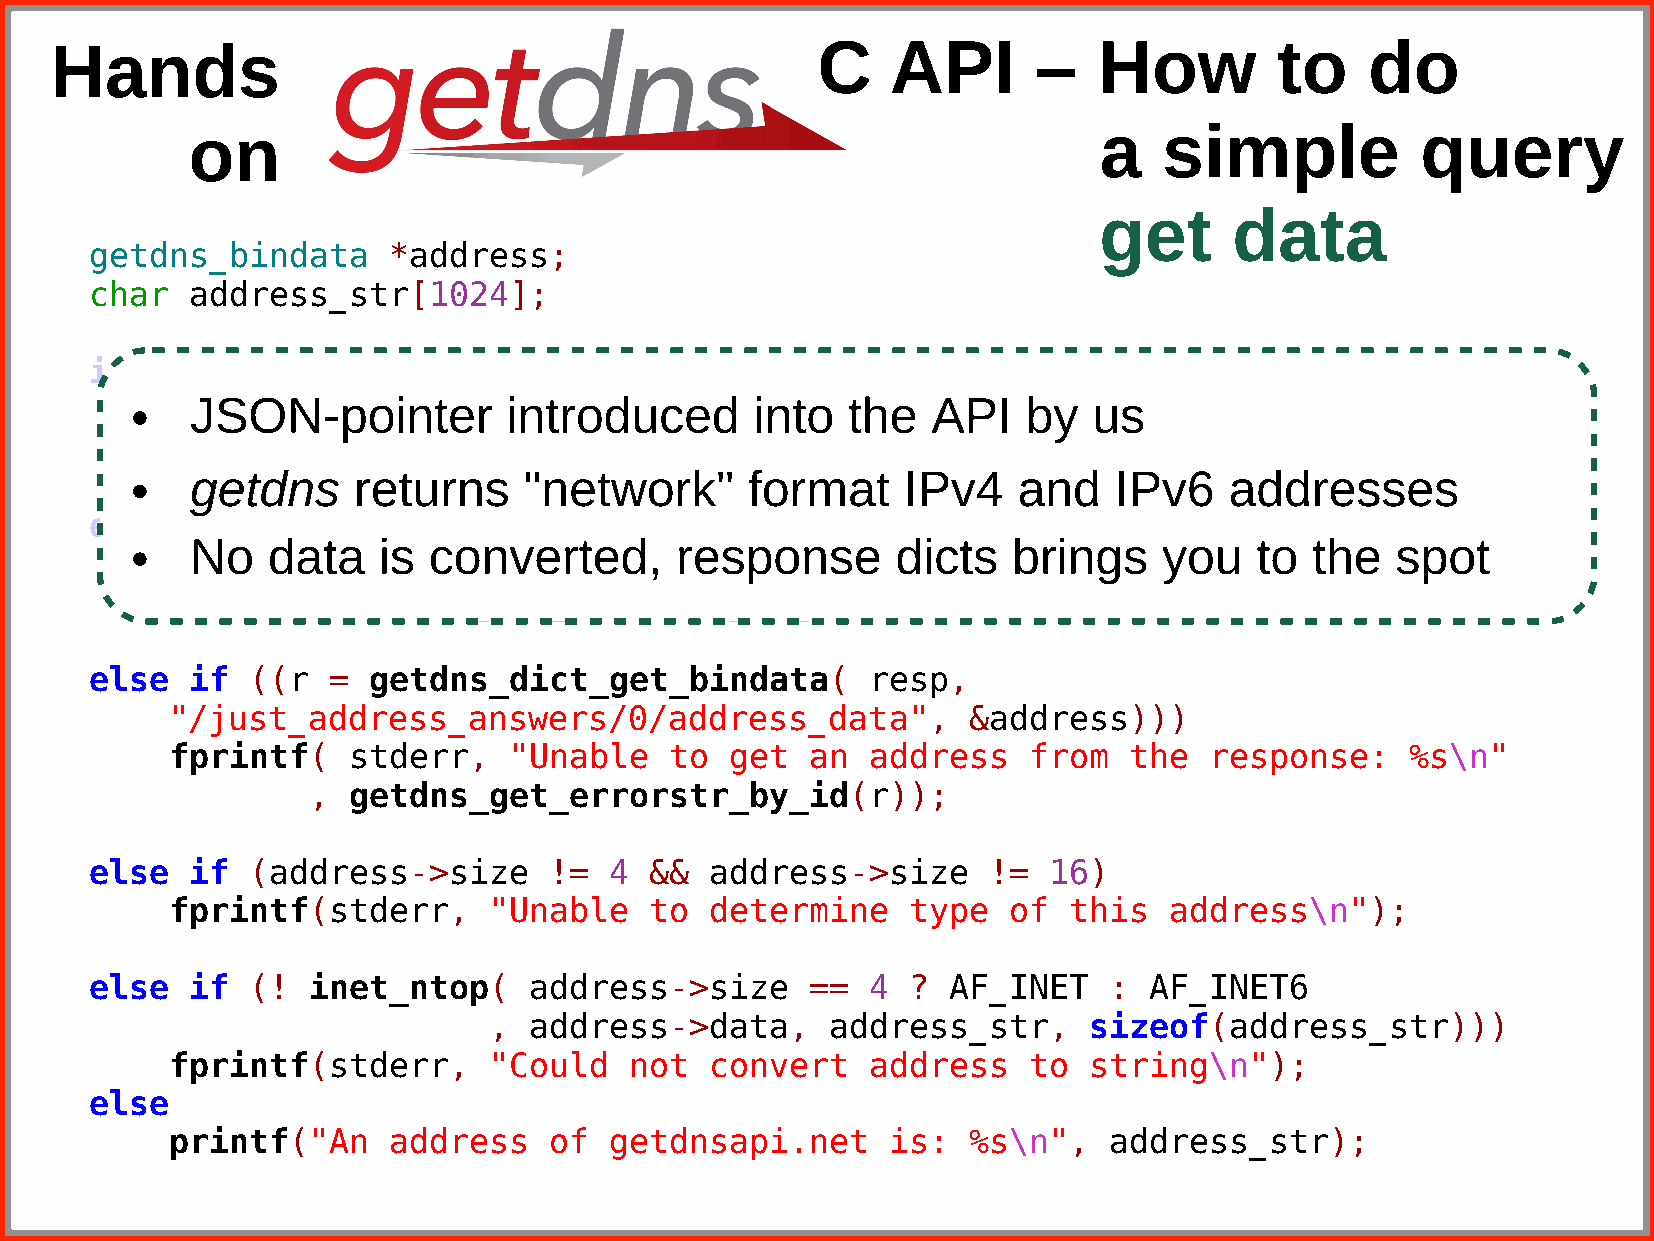
Hands                                              C    API       –   How         to    do
 on                                                           a   simple           query
 get      data
 getdns_bindata      *address;
 char  address_str[1024];
 if  ((r  =  getdns_context_create(&ctxt,          1)))
 • fpJrSiOntNf(- psotdinerter,r i"nCtoruoldd uncoet dc rineatote t hcoen tAePxtI: b %ys \uns"
 ,  getdns_get_errorstr_by_id(r));
 •   getdns    returns     "network"      format    IPv4   and    IPv6   addresses
 else  if  ((r   = getdns_address_sync(ctxt,          "getdnsapi.net.",       NULL,   &resp)))
 •   No   data   is converted,       response      dicts   brings    you   to  the  spot
 fprintf(    stderr,    "Unable   to  do  an  address    lookup:   %s\n"
 ,  getdns_get_errorstr_by_id(r));
 else  if  ((r   = getdns_dict_get_bindata(          resp,
 "/just_address_answers/0/address_data",              &address)))
 fprintf(    stderr,    "Unable   to  get   an  address   from   the  response:    %s\n"
 ,  getdns_get_errorstr_by_id(r));
 else  if  (address->size      !=  4  &&  address->size     !=  16)
 fprintf(stderr,      "Unable    to  determine    type   of  this  address\n");
 else  if  (!  inet_ntop(     address->size      ==  4 ?  AF_INET   :  AF_INET6
 ,  address->data,      address_str,     sizeof(address_str)))
 fprintf(stderr,      "Could    not  convert    address   to  string\n");
 else
 printf("An     address   of  getdnsapi.net      is:  %s\n",   address_str);